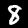
Digit: 8